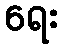
ရေး